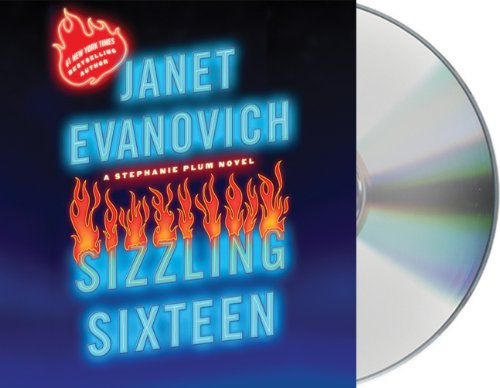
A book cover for Sizzling Sixteen (Stephanie Plum Novels); Janet Evanovich; Romance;